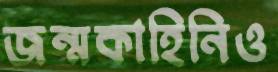
জন্মকাহিনিও